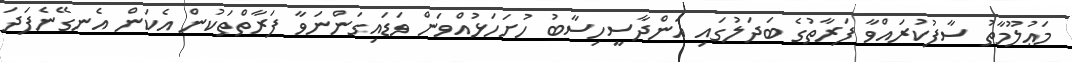
މަޢުލޫމާތު ސާފުކުރައްވާ ފަރާތުގެ ބަދަލުގައި އަންދާސީހިސާބު ހުށަހަޅުއްވަން ވަޑައިގަންނަވާ ފަރާތްތަކުން އެކަން އެނގޭނެފަދަ